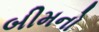
બીમનો